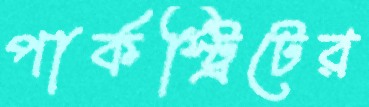
পার্কস্ট্রিটের